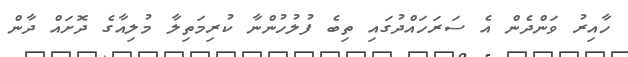
ހާއިރު ވަންދެން އެ ސަރަހައްދުގައި ތިބެ ފުލުހުންނާ ކުރިމަތިލާ މުލިއާގެ ދޮށައް ދާން